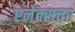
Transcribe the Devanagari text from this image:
एनेक्सचर